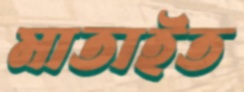
মাতাইত